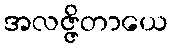
အလဇ္ဇိတာယေ